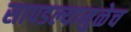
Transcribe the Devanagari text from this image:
सापडल्यामुळेच